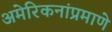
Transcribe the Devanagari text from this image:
अमेरिकनांप्रमाणे